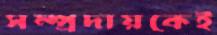
সম্প্রদায়কেই